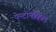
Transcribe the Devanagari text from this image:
पेन्टोनव्हिल